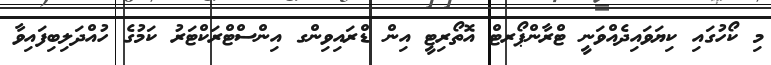
މި ކޯހުގައި ކިޔަވައިދެއްވަނީ ޓްރާންޕޯރޓް އޮތޯރިޓީ އިން ޑްރައިވިންގ އިންސްޓްރަކްޓަރު ކަމުގެ ހުއްދަލިބިފައިވާ